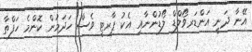
އޭނާ ދަނީ އަންޑަރވޯލްޑް ލޯޑުންނާއި އެކު ޕާރޓީ ވެސް ހަދަމުން ކޮންމެ ހަފްތާ